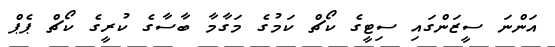
އަންނަ ސީޒަންގައި ސިޓީގެ ކޯޗް ކަމުގެ މަގާމާ ބާސާގެ ކުރީގެ ކޯޗް ޕެޕް